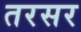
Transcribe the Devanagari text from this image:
तरसर